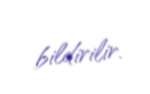
bildirilir.